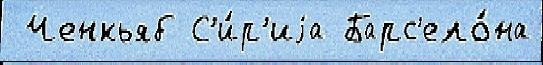
 Ченкьяб С'и́р'иjа Барс'ело́на